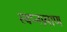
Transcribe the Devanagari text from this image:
स्वप्नप्रयाण